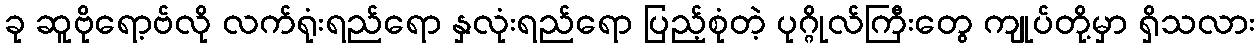
ခု ဆူဗိုရော့ဗ်လို လက်ရုံးရည်ရော နှလုံးရည်ရော ပြည့်စုံတဲ့ ပုဂ္ဂိုလ်ကြီးတွေ ကျုပ်တို့မှာ ရှိသလား